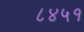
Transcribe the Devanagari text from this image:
८४५१